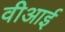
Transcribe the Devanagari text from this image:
वीआई